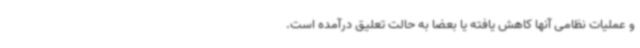
و عملیات نظامی آنها کاهش یافته یا بعضاً به حالت تعلیق درآمده است.